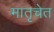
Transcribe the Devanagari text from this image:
मातृचेत